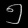
Digit: ၅